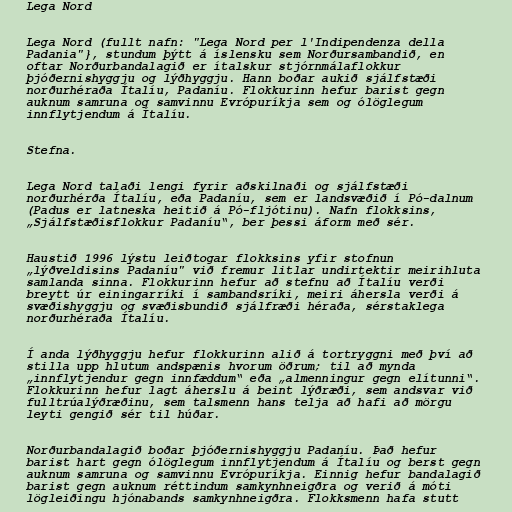
Lega Nord

Lega Nord (fullt nafn: "Lega Nord per l'Indipendenza della
Padania"}, stundum þýtt á íslensku sem Norðursambandið, en
oftar Norðurbandalagið er ítalskur stjórnmálaflokkur
þjóðernishyggju og lýðhyggju. Hann boðar aukið sjálfstæði
norðurhéraða Ítalíu, Padaníu. Flokkurinn hefur barist gegn
auknum samruna og samvinnu Evrópuríkja sem og ólöglegum
innflytjendum á Ítalíu.

Stefna.

Lega Nord talaði lengi fyrir aðskilnaði og sjálfstæði
norðurhérða Ítalíu, eða Padaníu, sem er landsvæðið í Pó-dalnum
(Padus er latneska heitið á Pó-fljótinu). Nafn flokksins,
„Sjálfstæðisflokkur Padaníu“, ber þessi áform með sér.

Haustið 1996 lýstu leiðtogar flokksins yfir stofnun
„lýðveldisins Padaníu" við fremur litlar undirtektir meirihluta
samlanda sinna. Flokkurinn hefur að stefnu að Ítalíu verði
breytt úr einingarríki í sambandsríki, meiri áhersla verði á
svæðishyggju og svæðisbundið sjálfræði héraða, sérstaklega
norðurhéraða Ítalíu.

Í anda lýðhyggju hefur flokkurinn alið á tortryggni með því að
stilla upp hlutum andspænis hvorum öðrum; til að mynda
„innflytjendur gegn innfæddum“ eða „almenningur gegn elítunni“.
Flokkurinn hefur lagt áherslu á beint lýðræði, sem andsvar við
fulltrúalýðræðinu, sem talsmenn hans telja að hafi að mörgu
leyti gengið sér til húðar.

Norðurbandalagið boðar þjóðernishyggju Padaníu. Það hefur
barist hart gegn ólöglegum innflytjendum á Ítalíu og berst gegn
auknum samruna og samvinnu Evrópuríkja. Einnig hefur bandalagið
barist gegn auknum réttindum samkynhneigðra og verið á móti
lögleiðingu hjónabands samkynhneigðra. Flokksmenn hafa stutt